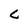
Character: c